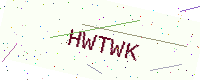
Text: HWTWK